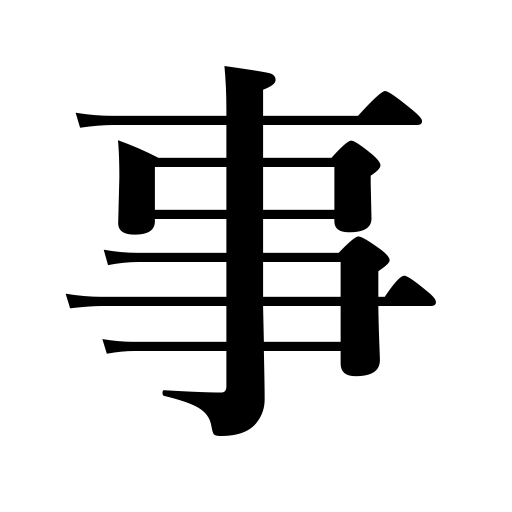
Meanings: thing,business,reason,experience,matter,fact,circumstances